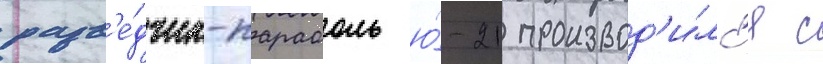
разв'е́дчик-парасоль ю́-21 производ'и́лс'я с